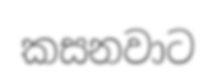
කසනවාට